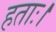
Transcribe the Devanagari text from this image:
हताः।